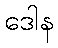
ဒေါန